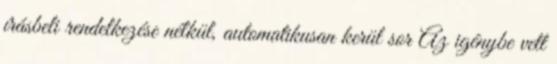
írásbeli rendelkezése nélkül, automatikusan kerül sor Az igénybe vett